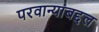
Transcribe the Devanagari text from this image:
परवान्यांबद्दल